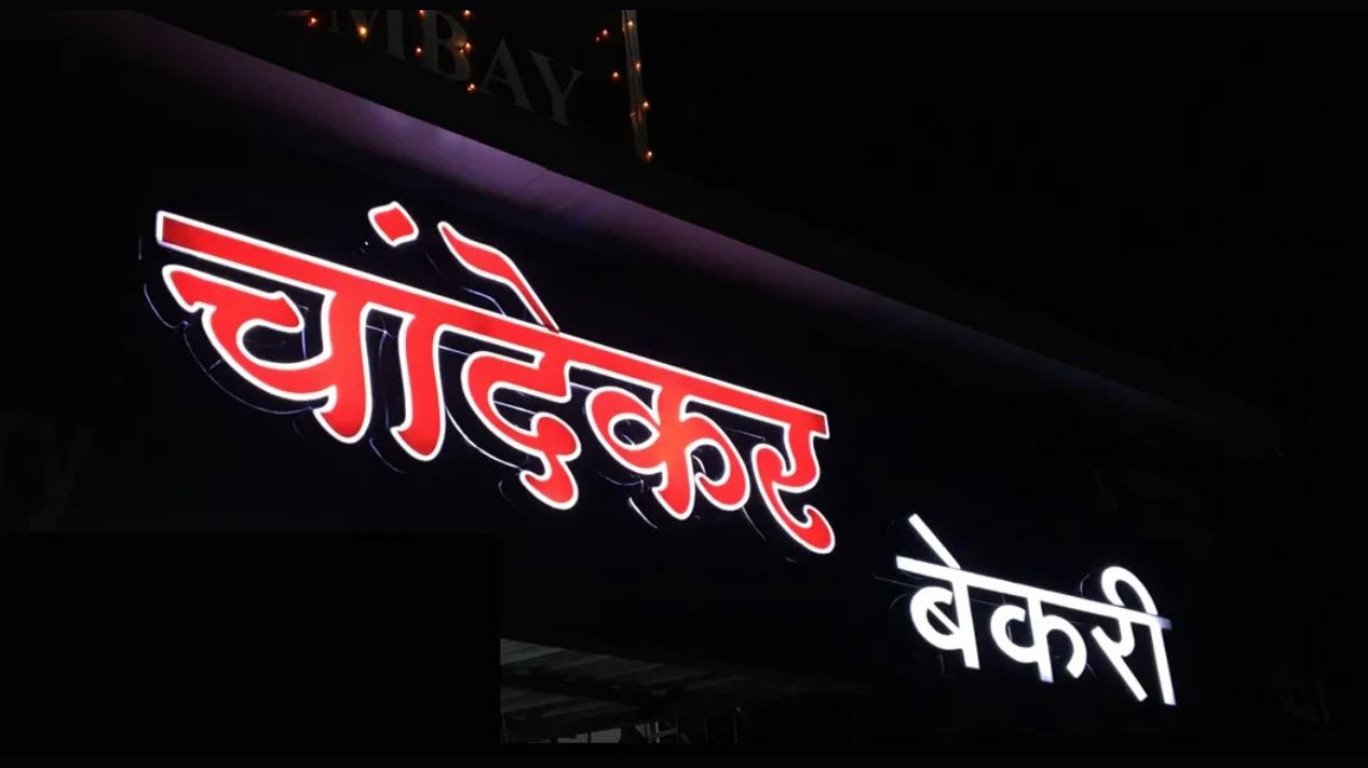
Language: marathi
Transcription: चांदेकर बेकरी